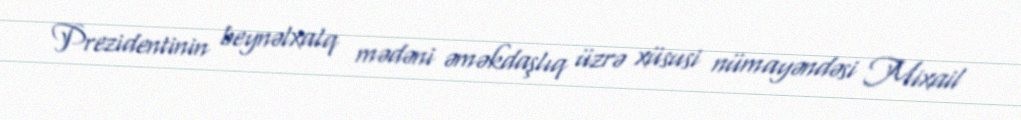
Prezidentinin beynəlxalq mədəni əməkdaşlıq üzrə xüsusi nümayəndəsi Mixail